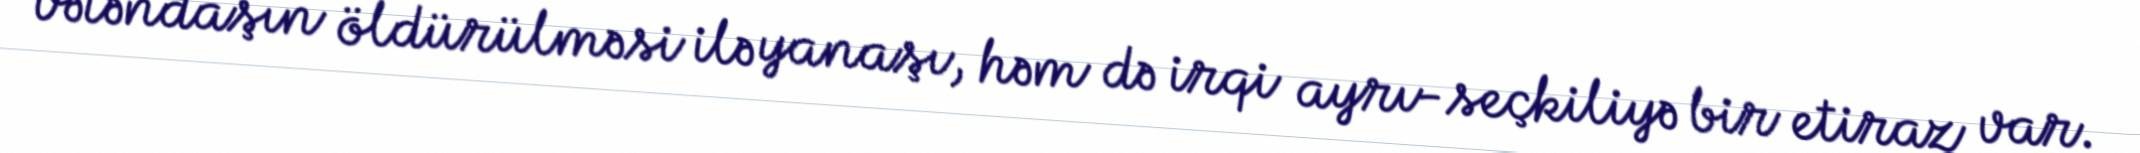
vətəndaşın öldürülməsi ilə yanaşı, həm də irqi ayrı-seçkiliyə bir etiraz var.